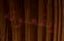
يفعلونه